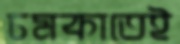
চমকাতেই